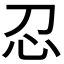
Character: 𢖫